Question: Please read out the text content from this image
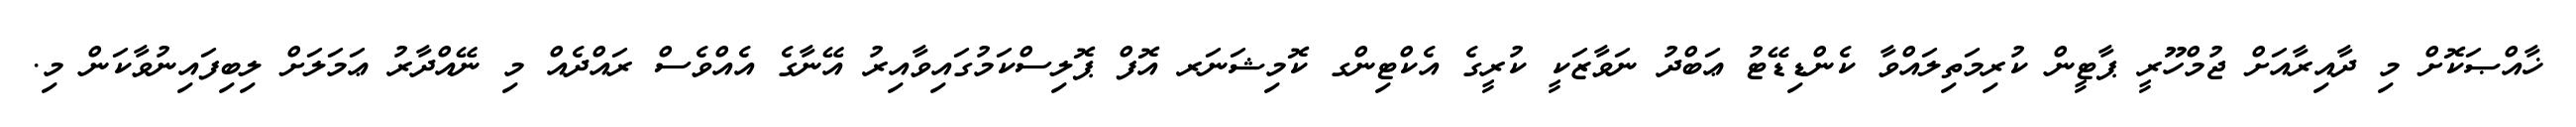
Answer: ޚާއްޞަކޮށް މި ދާއިރާއަށް ޖުމްހޫރީ ޕާޓީން ކުރިމަތިލައްވާ ކެންޑިޑޭޓު ޢަބްދު ނަވާޒަކީ ކުރީގެ އެކްޓިންގ ކޮމިޝަނަރ އޮފް ޕޮލިސްކަމުގައިވާއިރު އޭނާގެ އެއްވެސް ރައްދެއް މި ނޭއްދާރު ޢަމަލަށް ލިބިފައިނުވާކަން މި.